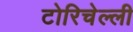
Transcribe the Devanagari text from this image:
टोरिचेल्ली